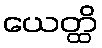
ယေတ္ထိ